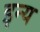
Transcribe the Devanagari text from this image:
इन्य